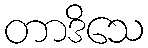
တာဒိသေ